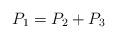
LaTeX: \begin{align*}P_{1}=P_{2}+P_{3}\end{align*}